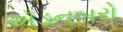
ઍડનબરો